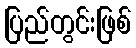
ပြည်တွင်းဖြစ်